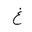
Letter: _gayn